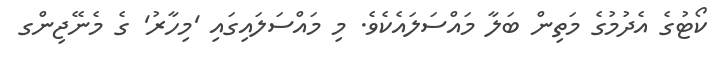
ކޯޓުގެ އެދުމުގެ މަތިން ބަލާ މައްސަލައެކެވެ. މި މައްސަލައިގައި 'މިހާރު' ގެ މެނޭޖިންގ